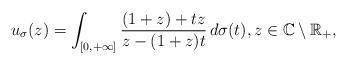
LaTeX: \begin{align*}u_{\sigma}(z)=\int_{[0,+\infty]}\frac{(1+z)+tz}{z-(1+z)t}\,d\sigma(t),z\in\mathbb{C}\setminus\mathbb{R}_{+},\end{align*}